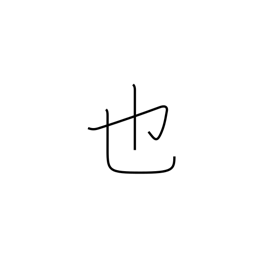
Meaning: to be (classical)